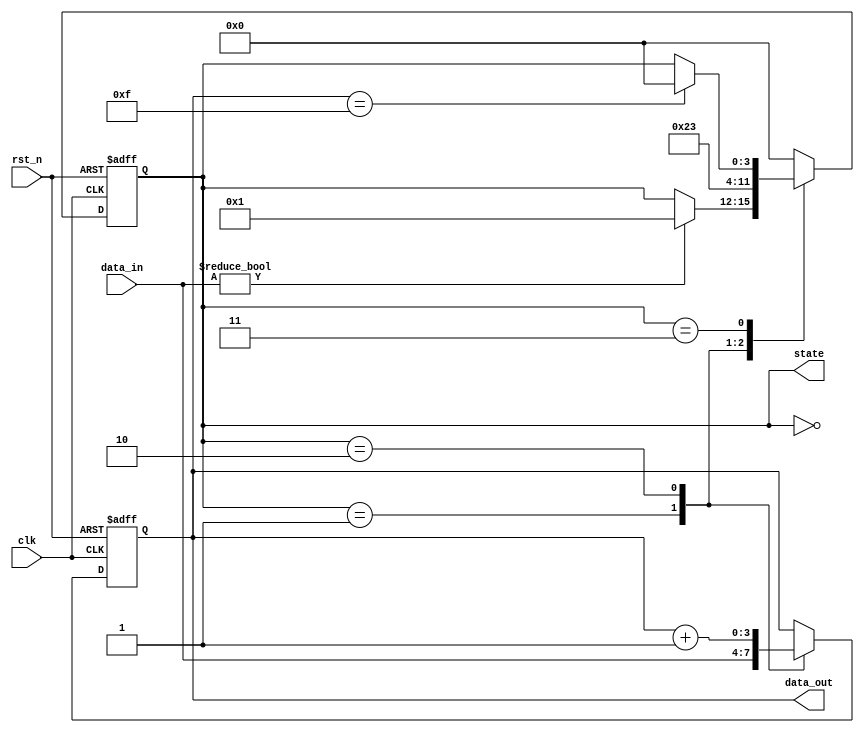
module negative_edge_sensitive_block (
    input wire clk,           // Clock signal
    input wire rst_n,        // Active-low reset signal
    input wire [3:0] data_in, // 4-bit input data
    output reg [3:0] state,  // 4-bit state output
    output reg [3:0] data_out // 4-bit output data
);

    // Define state encoding
    parameter IDLE = 4'b0000,
              STATE1 = 4'b0001,
              STATE2 = 4'b0010,
              STATE3 = 4'b0011;

    // State management and output assignment on negative edge of clk
    always @(negedge clk or negedge rst_n) begin
        if (!rst_n) begin
            // Reset condition
            state <= IDLE;
            data_out <= 4'b0000;
        end else begin
            // Conditional logic based on current state
            case (state)
                IDLE: begin
                    if (data_in != 4'b0000) begin
                        state <= STATE1; // Transition to STATE1 on non-zero input
                    end
                end
                
                STATE1: begin
                    data_out <= data_in; // Assign input to output
                    state <= STATE2;      // Move to next state
                end
                
                STATE2: begin
                    // Perform some operation, e.g., increment the output
                    data_out <= data_out + 1;
                    state <= STATE3; // Move to next state
                end
                
                STATE3: begin
                    // Reset to IDLE or stay in STATE3 based on some condition
                    if (data_out == 4'b1111) begin
                        state <= IDLE; // Return to IDLE if output reaches maximum
                    end
                end
                
                default: begin
                    state <= IDLE; // Fallback to IDLE state
                end
            endcase
        end
    end

endmodule